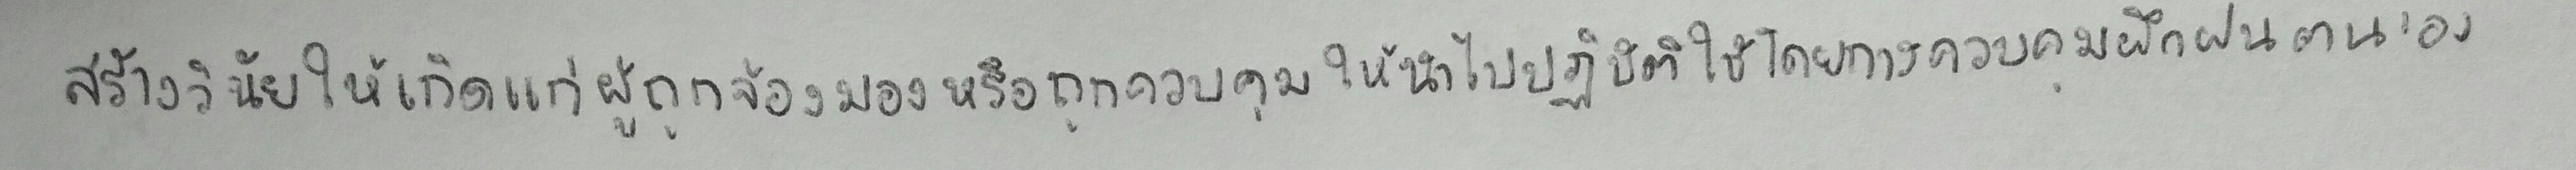
สร้างวินัยให้เกิดแก่ผู้ถูกจ้องมองหรือถูกควบคุมให้นำไปปฏิบัติใช้โดยการควบคุมฝึกฝนตนเอง